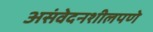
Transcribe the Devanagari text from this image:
असंवेदनशीलपणे